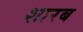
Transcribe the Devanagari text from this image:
शारब